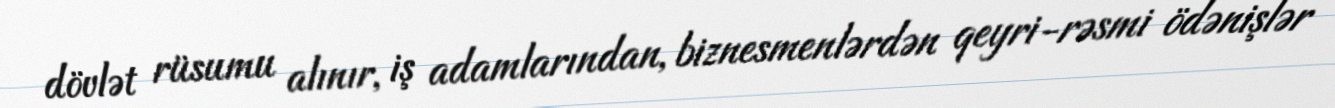
dövlət rüsumu alınır, iş adamlarından, biznesmenlərdən qeyri-rəsmi ödənişlər